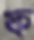
ফ